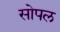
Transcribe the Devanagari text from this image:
सोपल